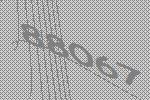
88067